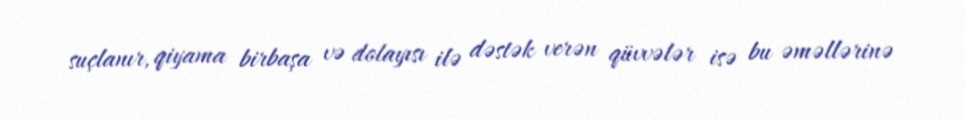
suçlanır, qiyama birbaşa və dolayısı ilə dəstək verən qüvvələr isə bu əməllərinə